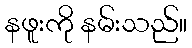
နဖူးကို နမ်းသည်။